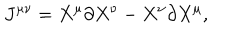
J ^ { \mu \nu } = X ^ { \mu } \partial X ^ { \nu } - X ^ { \nu } \partial X ^ { \mu } ,